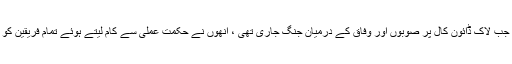
تمام باتوں سے قطع نظرسپریم کورٹ کا یہ بہت بڑا کارنامہ ہے کہ جب لاک ڈائون کال پر صوبوں اور وفاق کے درمیان جنگ جاری تھی ، انھوں نے حکمت عملی سے کام لیتے ہوئے تمام فریقین کو عدالت میں طلب کرکے تمام اختیارات پر ان کا اعتماد حاصل کرلیا ۔